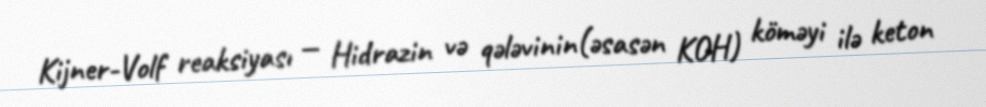
Kijner-Volf reaksiyası — Hidrazin və qələvinin(əsasən KOH) köməyi ilə keton